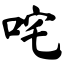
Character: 咤